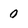
Character: 0